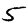
Digit: 5